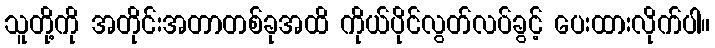
သူတို့ကို အတိုင်းအတာတစ်ခုအထိ ကိုယ်ပိုင်လွတ်လပ်ခွင့် ပေးထားလိုက်ပါ။